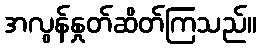
အလွန်နှုတ်ဆိတ်ကြသည်။